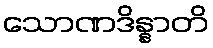
သောဏဒိန္နာတိ